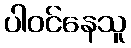
ပါဝင်နေသူ